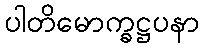
ပါတိမောက္ခဋ္ဌပနာ